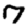
Digit: 7